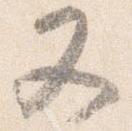
又